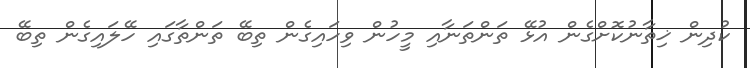
ކުދިން ޚިތާނުކޮށްގެން އުޅޭ ތަންތަނާއި މީހުން ވިހައިގެން ތިބޭ ތަންތާގައި ހޭލައިގެން ތިބޭ